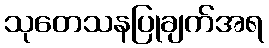
သုတေသနပြုချက်အရ